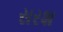
સરશ